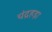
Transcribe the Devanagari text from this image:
चंद्रहड़ा